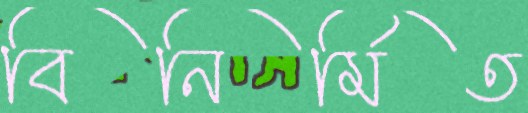
বিনির্মিত